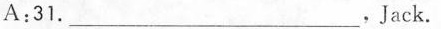
A:31.___,Jack.